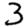
Digit: 3